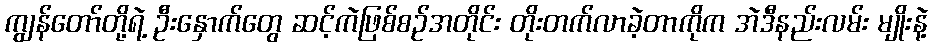
ကျွန်တော်တို့ရဲ့ ဦးနှောက်တွေ ဆင့်ကဲဖြစ်စဉ်အတိုင်း တိုးတက်လာခဲ့တာကိုက အဲဒီနည်းလမ်း မျိုးနဲ့